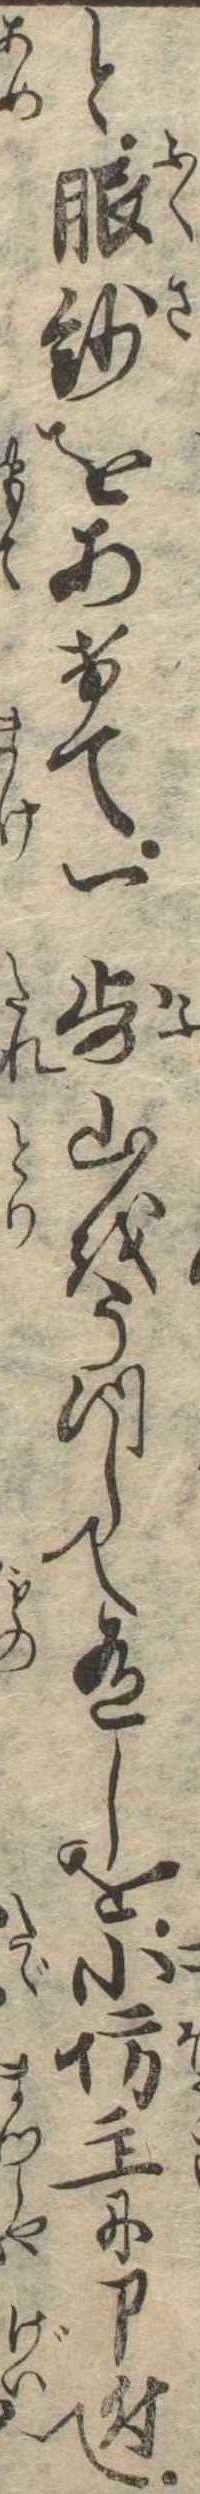
と服紗をあけて一歩山をうつして有しを小坊主に申付て